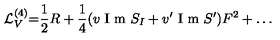
{ \cal L } _ { V } ^ { ( 4 ) } { = } { \frac { 1 } { 2 } } R + { \frac { 1 } { 4 } } ( v \makebox { I m } S _ { I } + v ^ { \prime } \makebox { I m } S ^ { \prime } ) F ^ { 2 } + \dots